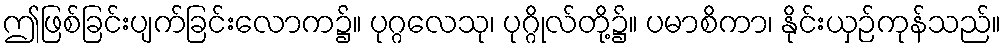
ဤဖြစ်ခြင်းပျက်ခြင်းလောက၌။ ပုဂ္ဂလေသု၊ ပုဂ္ဂိုလ်တို့၌။ ပမာစိကာ၊ နိုင်းယှဉ်ကုန်သည်။